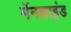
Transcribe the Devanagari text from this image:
मॅनकाइंड